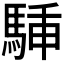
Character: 𩣙